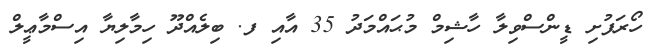
ހޯރަފުށި ޑީންސްވިލާ ހާޝިމް މުޙައްމަދު 35 އާއި ފ. ބިލެއްދޫ ހިމާލިޔާ އިސްމާޢީލް